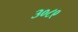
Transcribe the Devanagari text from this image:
३०८९